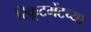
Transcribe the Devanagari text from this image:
रिक्रूटमेंटच्या